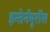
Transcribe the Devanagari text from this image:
इन्तेर्नयूरोंस